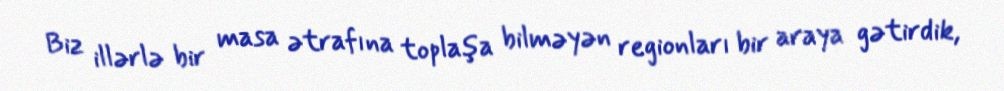
Biz illərlə bir masa ətrafına toplaşa bilməyən regionları bir araya gətirdik,